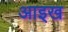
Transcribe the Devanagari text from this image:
आइख